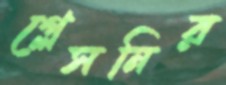
গ্লেসনির